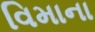
વિમાના